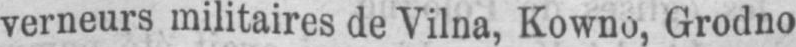
verneurs militaires de Vilna, Kowno, Grodno